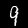
Digit: 9